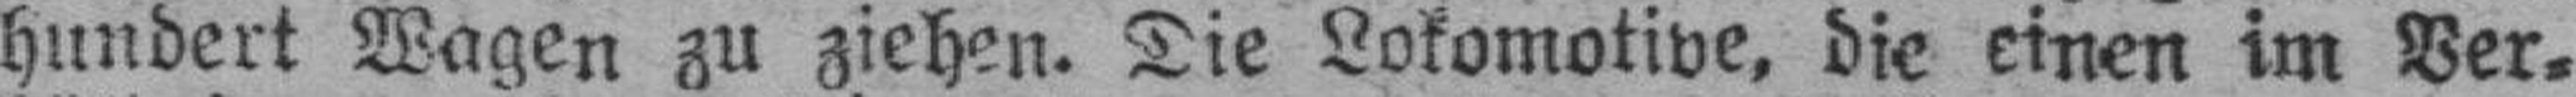
hundert Wagen zu ziehen. Die Lokomotive, die einen im Ver¬